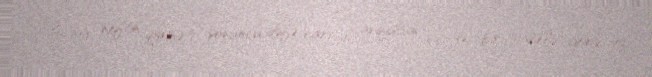
Bu növ neftin qiyməti sonuncu dəfə cari il avqustun 22-də bir barelə görə 73